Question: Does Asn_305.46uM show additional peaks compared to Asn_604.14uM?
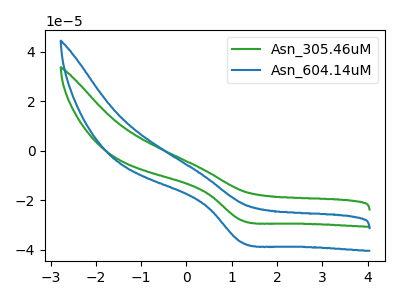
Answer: <think>The green curve "Asn_305.46uM" has a cathodic peak at: (1.20V, -28.10uA). The blue curve "Asn_604.14uM" has a cathodic peak at: (1.20V, -37.00uA).
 All the peaks in "Asn_305.46uM" have a peak in "Asn_604.14uM" at the same potential. Every peak in "Asn_305.46uM" is lower than every peak in "Asn_604.14uM".</think>
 <answer>No, "Asn_305.46uM" and "Asn_604.14uM" don't appear to be significantly different in shape</answer>
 <eval>no_change</eval>